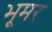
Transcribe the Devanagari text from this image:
भूमर